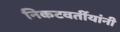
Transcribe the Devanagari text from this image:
निकटवर्तीयांनी